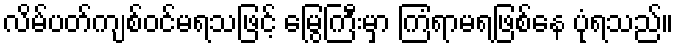
လိမ်ပတ်ကျစ်ဝင်မရသဖြင့် မြွေကြီးမှာ ကြံရာမရဖြစ်နေ ပုံရသည်။